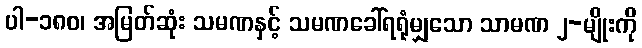
ပါ-၁၈၀၊ အမြတ်ဆုံး သမဏနှင့် သမဏခေါ်ရရုံမျှသော သာမဏ ၂-မျိုးကို